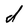
Character: d